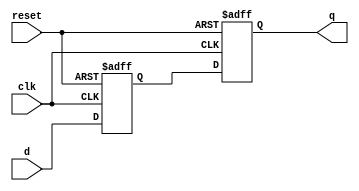
module dff_delay (
    input wire clk,
    input wire reset,
    input wire d,
    output reg q
);

reg internal_delay;

always @(posedge clk or posedge reset) begin
    if (reset) begin
        internal_delay <= 0;
    end else begin
        internal_delay <= #10 d;
    end
end

always @(posedge clk or posedge reset) begin
    if (reset) begin
        q <= 0;
    end else begin
        q <= internal_delay;
    end
end

endmodule